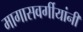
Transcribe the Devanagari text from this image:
मागासवर्गीयांनी